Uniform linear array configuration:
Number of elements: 4
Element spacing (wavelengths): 0.25
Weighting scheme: uniform
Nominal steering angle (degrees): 60
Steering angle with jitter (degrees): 60.868
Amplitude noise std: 0.05
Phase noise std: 0.05

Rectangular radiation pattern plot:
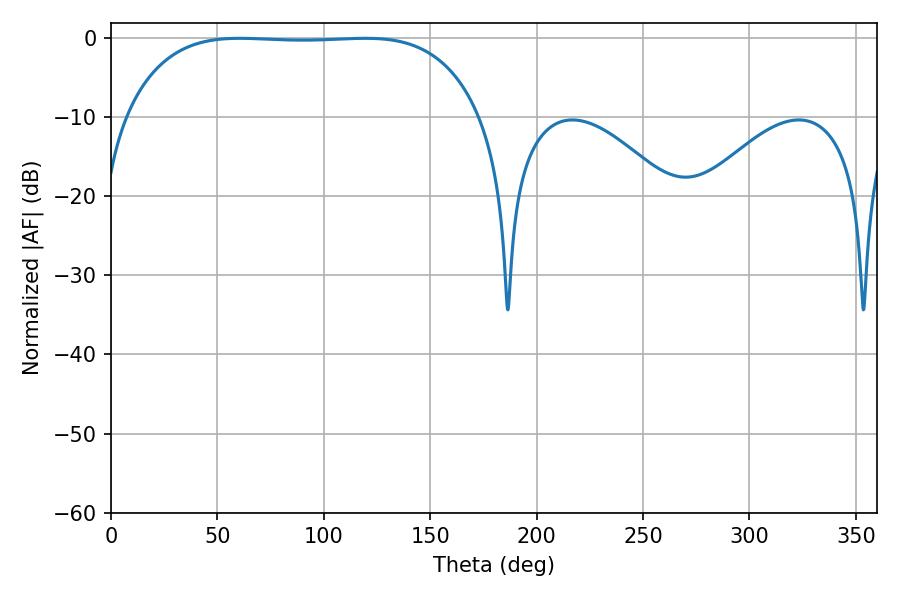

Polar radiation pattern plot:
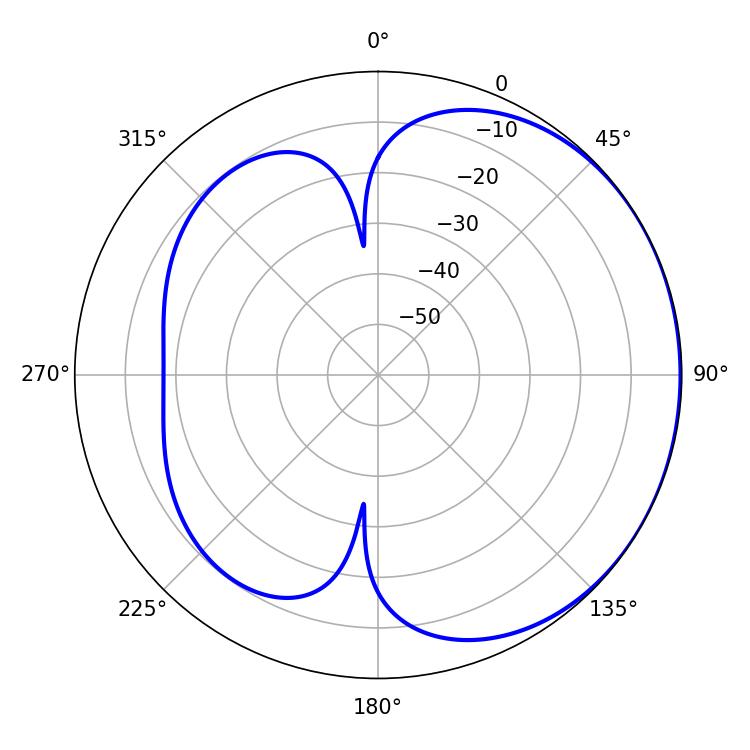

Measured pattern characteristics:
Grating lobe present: FALSE
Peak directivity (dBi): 0.8665
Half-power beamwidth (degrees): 130.32
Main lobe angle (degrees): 60.48